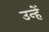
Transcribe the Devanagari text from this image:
उन्हें